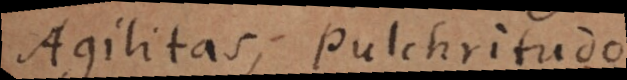
Agilitas, Pulchritudo.